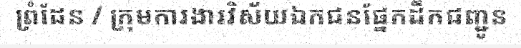
ព្រំដែន / ក្រុមការងារវិស័យឯកជនផ្នែកដឹកជញ្ជូន